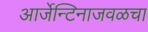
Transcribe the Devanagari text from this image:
आर्जेन्टिनाजवळचा